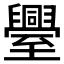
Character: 𮍤